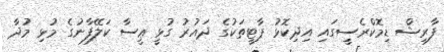
ފާރިޝް ޑިމޮކްރެސީގައި އިދިކޮޅު ޕާޓީތަކުގެ ދައުރު ގުޅީ ޢީސާ ކަލޭފާނުގެ މުޅި މުދާ